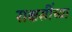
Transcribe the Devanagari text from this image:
राक्षसींच्या